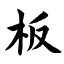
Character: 板